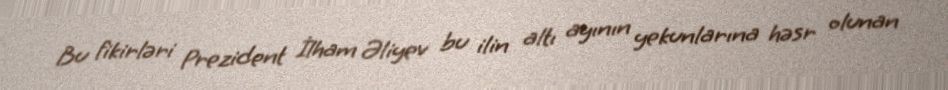
Bu fikirləri Prezident İlham Əliyev bu ilin altı ayının yekunlarına həsr olunan